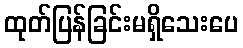
ထုတ်ပြန်ခြင်းမရှိသေးပေ